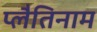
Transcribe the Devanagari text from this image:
प्लैतिनाम